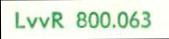
LvvR 800.063